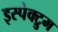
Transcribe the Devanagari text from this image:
इस्पेक्ट्रुम